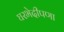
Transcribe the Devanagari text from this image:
घरभेदीपणा